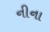
નીના